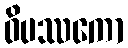
ဝိပဿကော